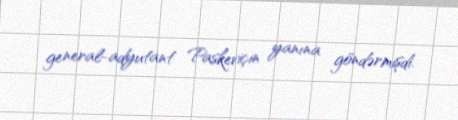
general-adyutant Paskeviçin yanına göndərmişdi.